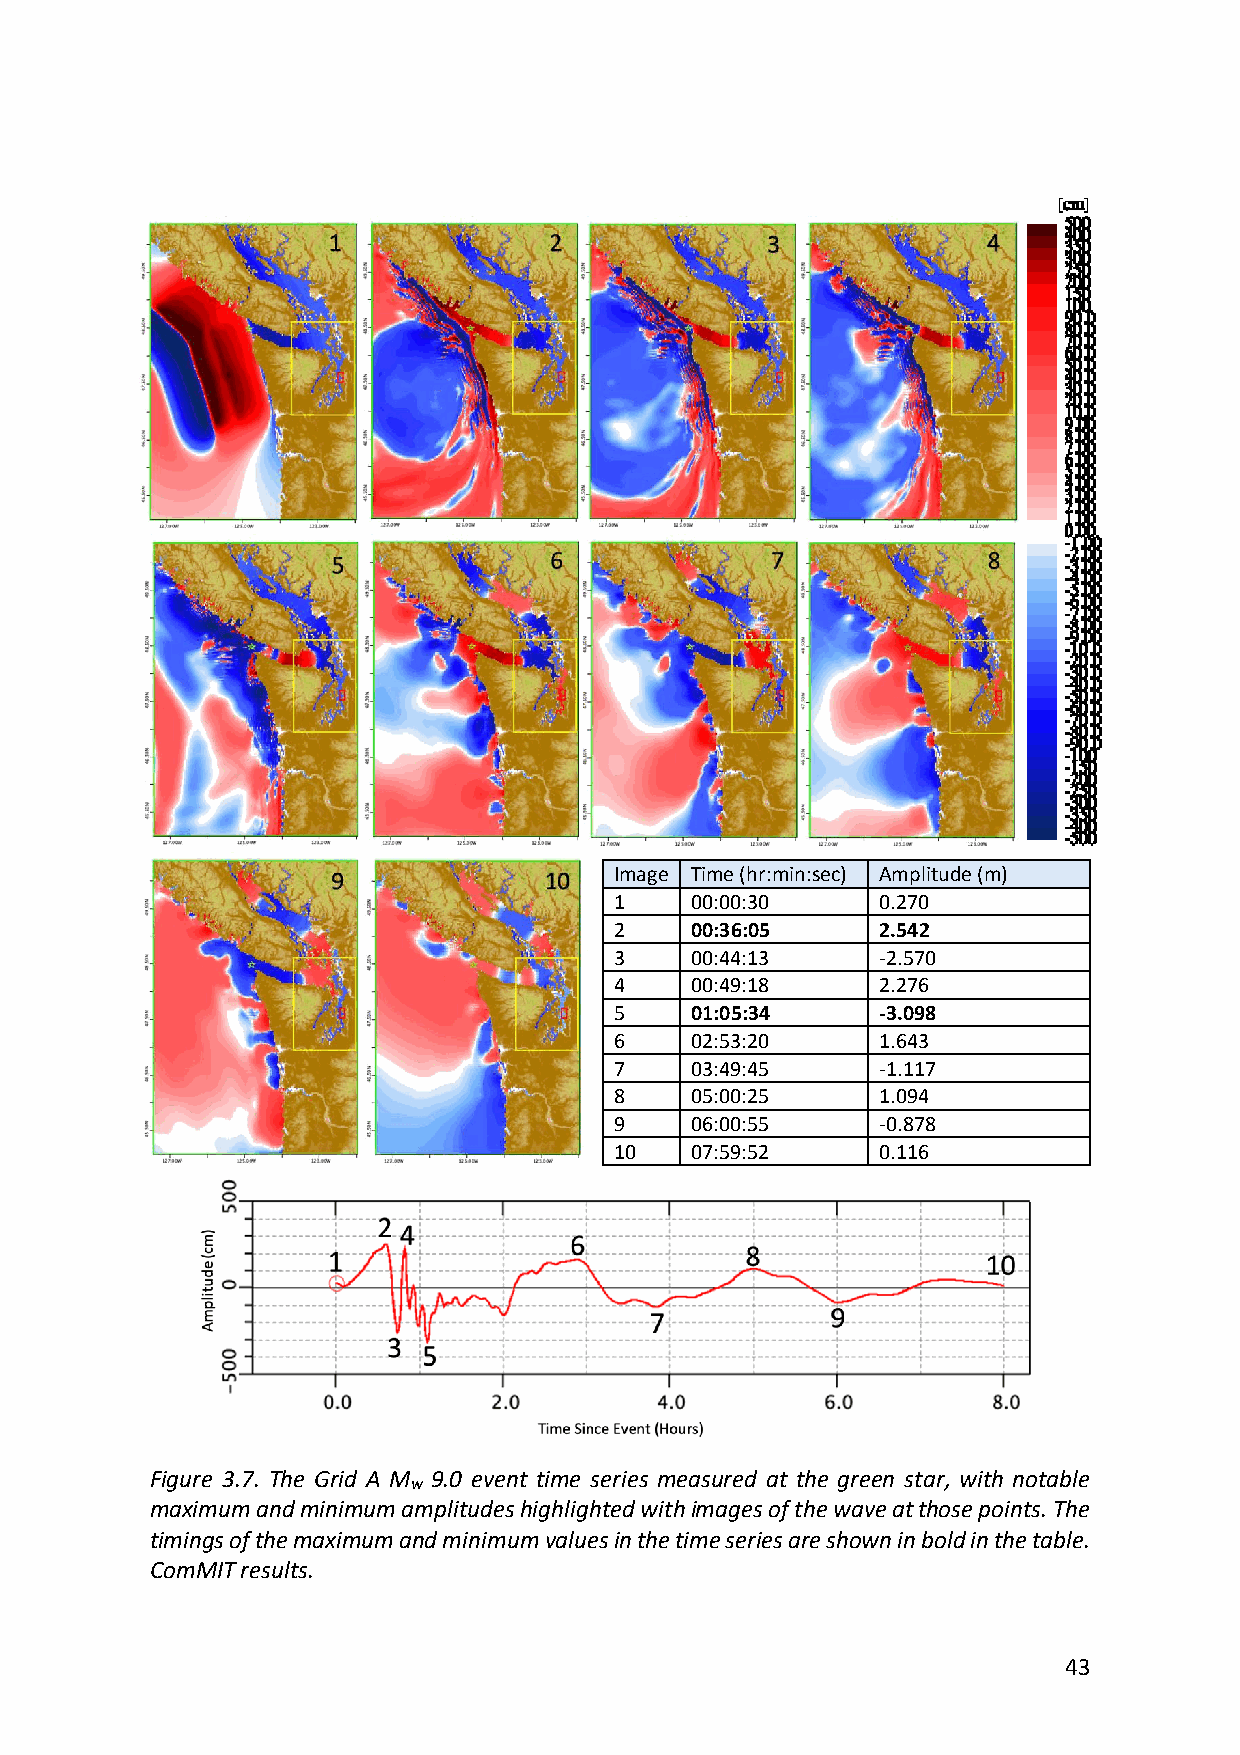
Image Time (hr:min:sec) Amplitude (m)
 1    00:00:30    0.270
 2    00:36:05    2.542
 3    00:44:13    -2.570
 4    00:49:18    2.276
 5    01:05:34    -3.098
 6    02:53:20    1.643
 7    03:49:45    -1.117
 8    05:00:25    1.094
 9    06:00:55    -0.878
 10   07:59:52    0.116
 Figure 3.7. The Grid A M 9.0 event time series measured at the green star, with notable
 w
 maximum and minimum amplitudes highlighted with images of the wave at those points. The
 timings of the maximum and minimum values in the time series are shown in bold in the table.
 ComMIT results.
 43